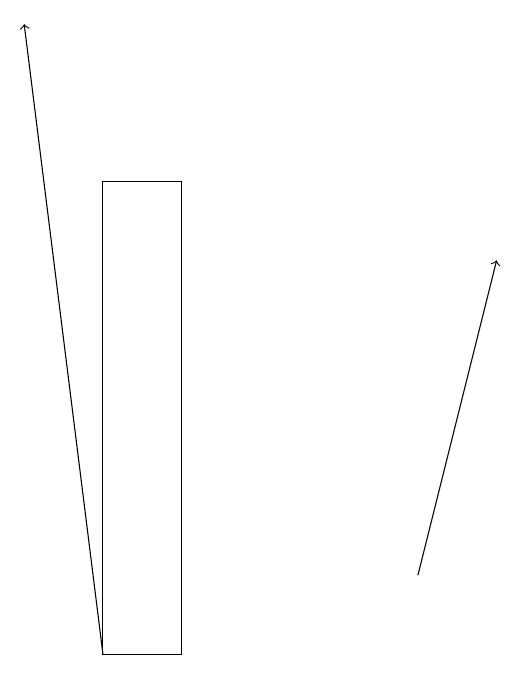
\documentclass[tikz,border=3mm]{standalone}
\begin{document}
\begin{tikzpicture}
\draw[->] (4,10) -- (3,18);
\draw (5,16) rectangle (4,10);
\draw[->] (8,11) -- (9,15);
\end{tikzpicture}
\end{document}